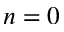
n = 0